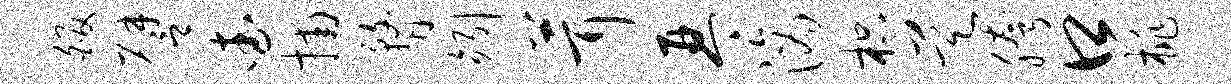
皈譬查捕瞀矧茸琴滴枳昊胯口桃